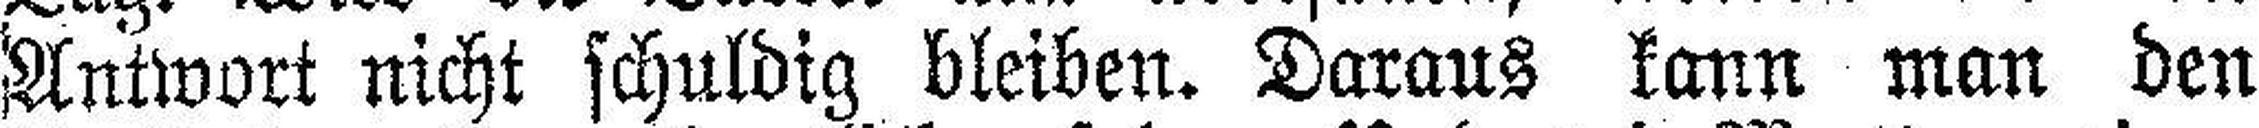
Antwort nicht schuldig bleiben. Daraus kann man den